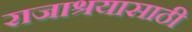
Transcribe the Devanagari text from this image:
राजाश्रयासाठी